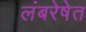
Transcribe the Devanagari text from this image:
लंबरेषेत